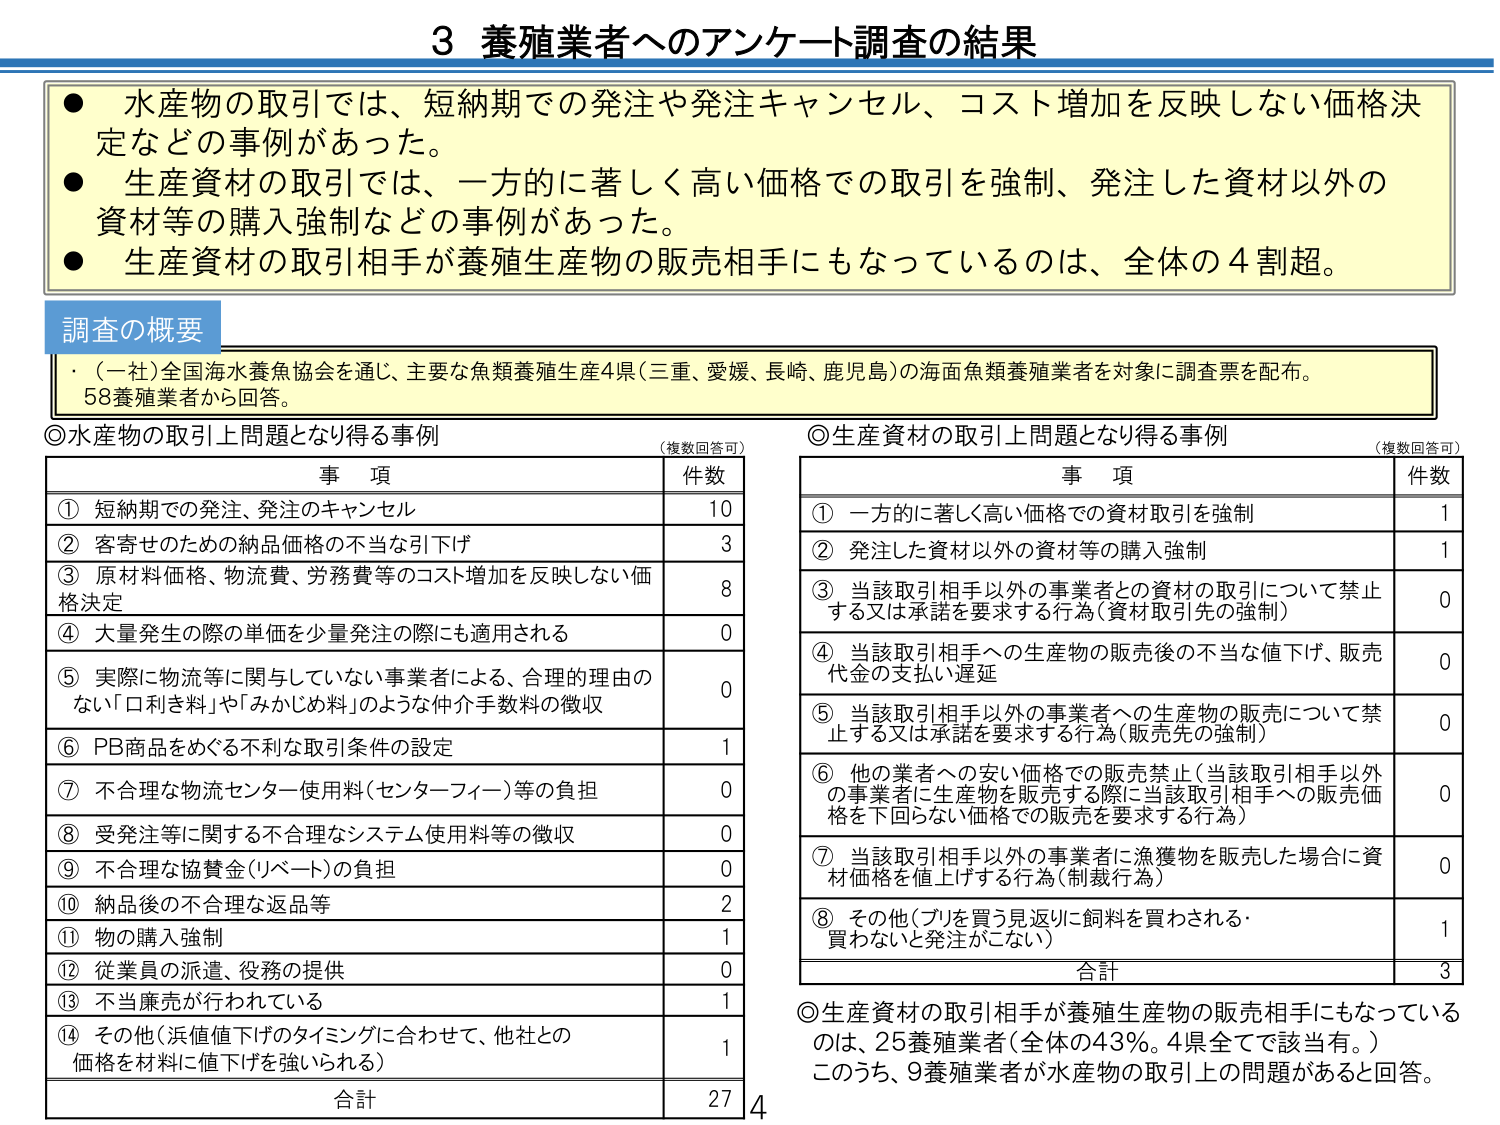
3 養殖業者へのアンケート調査の結果

● 水産物の取引では、短納期での発注や発注キャンセル、コスト増加を反映しない価格決定などの事例があった。
● 生産資材の取引では、一方的に著しく高い価格での取引を強制、発注した資材以外の資材等の購入強制などの事例があった。
● 生産資材の取引相手が養殖生産物の販売相手にもなっているのは、全体の4割超。

調査の概要
・（一社）全国海水養魚協会を通じ、主要な魚類養殖生産4県（三重、愛媛、長崎、鹿児島）の海面魚類養殖業者を対象に調査票を配布。
58養殖業者から回答。

◎水産物の取引上問題となり得る事例 （複数回答可）
事項 件数
① 短納期での発注、発注のキャンセル 10
② 客寄せのための納品価格の不当な引下げ 3
③ 原材料価格、物流費、労務費等のコスト増加を反映しない価格決定 8
④ 大量発生の際の単価を少量発注の際にも適用される 0
⑤ 実際に物流等に関与していない事業者による、合理的理由のない「ロ利き料」や「みかじめ料」のような仲介手数料の徴収 0
⑥ PB商品をめぐる不利な取引条件の設定 1
⑦ 不合理な物流センター使用料（センターフィー）等の負担 0
⑧ 受発注等に関する不合理なシステム使用料等の徴収 0
⑨ 不合理な協賛金（リベート）の負担 0
⑩ 納品後の不合理な返品等 2
⑪ 物の購入強制 1
⑫ 従業員の派遣、役務の提供 0
⑬ 不当廉売が行われている 1
⑭ その他（浜値下げのタイミングに合わせて、他社との価格を材料に値下げを強いられる） 1
合計 27

◎生産資材の取引上問題となり得る事例 （複数回答可）
事項 件数
① 一方的に著しく高い価格での資材取引を強制 1
② 発注した資材以外の資材等の購入強制 1
③ 当該取引相手以外の事業者との資材の取引について禁止する又は承諾を要求する行為（資材取引先の強制） 0
④ 当該取引相手への生産物の販売後の不当な値下げ、販売代金の支払い遅延 0
⑤ 当該取引相手以外の事業者への生産物の販売について禁止する又は承諾を要求する行為（販売先の強制） 0
⑥ 他の業者への安い価格での販売禁止（当該取引相手以外の事業者に生産物を販売する際に当該取引相手への販売価格を下回らない価格での販売を要求する行為） 0
⑦ 当該取引相手以外の事業者に漁獲物を販売した場合に資材価格を値上げする行為（制裁行為） 0
⑧ その他（ブリを買う見返りに飼料を買わされる・買わないと発注がこない） 1
合計 3

◎生産資材の取引相手が養殖生産物の販売相手にもなっているのは、25養殖業者（全体の43%。4県全てで該当有。）
このうち、9養殖業者が水産物の取引上の問題があると回答。